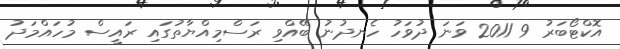
އޮކްޓޯބަރު 9 2011 ވަނަ ދުވަހު ހެނދުނު ބޭއްވި ރަސްމިއްޔާތުގައި ރައީސް މުހައްމަދު